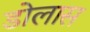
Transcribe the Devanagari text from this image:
डोलास